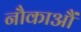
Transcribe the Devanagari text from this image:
नौकाआैं